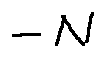
- N